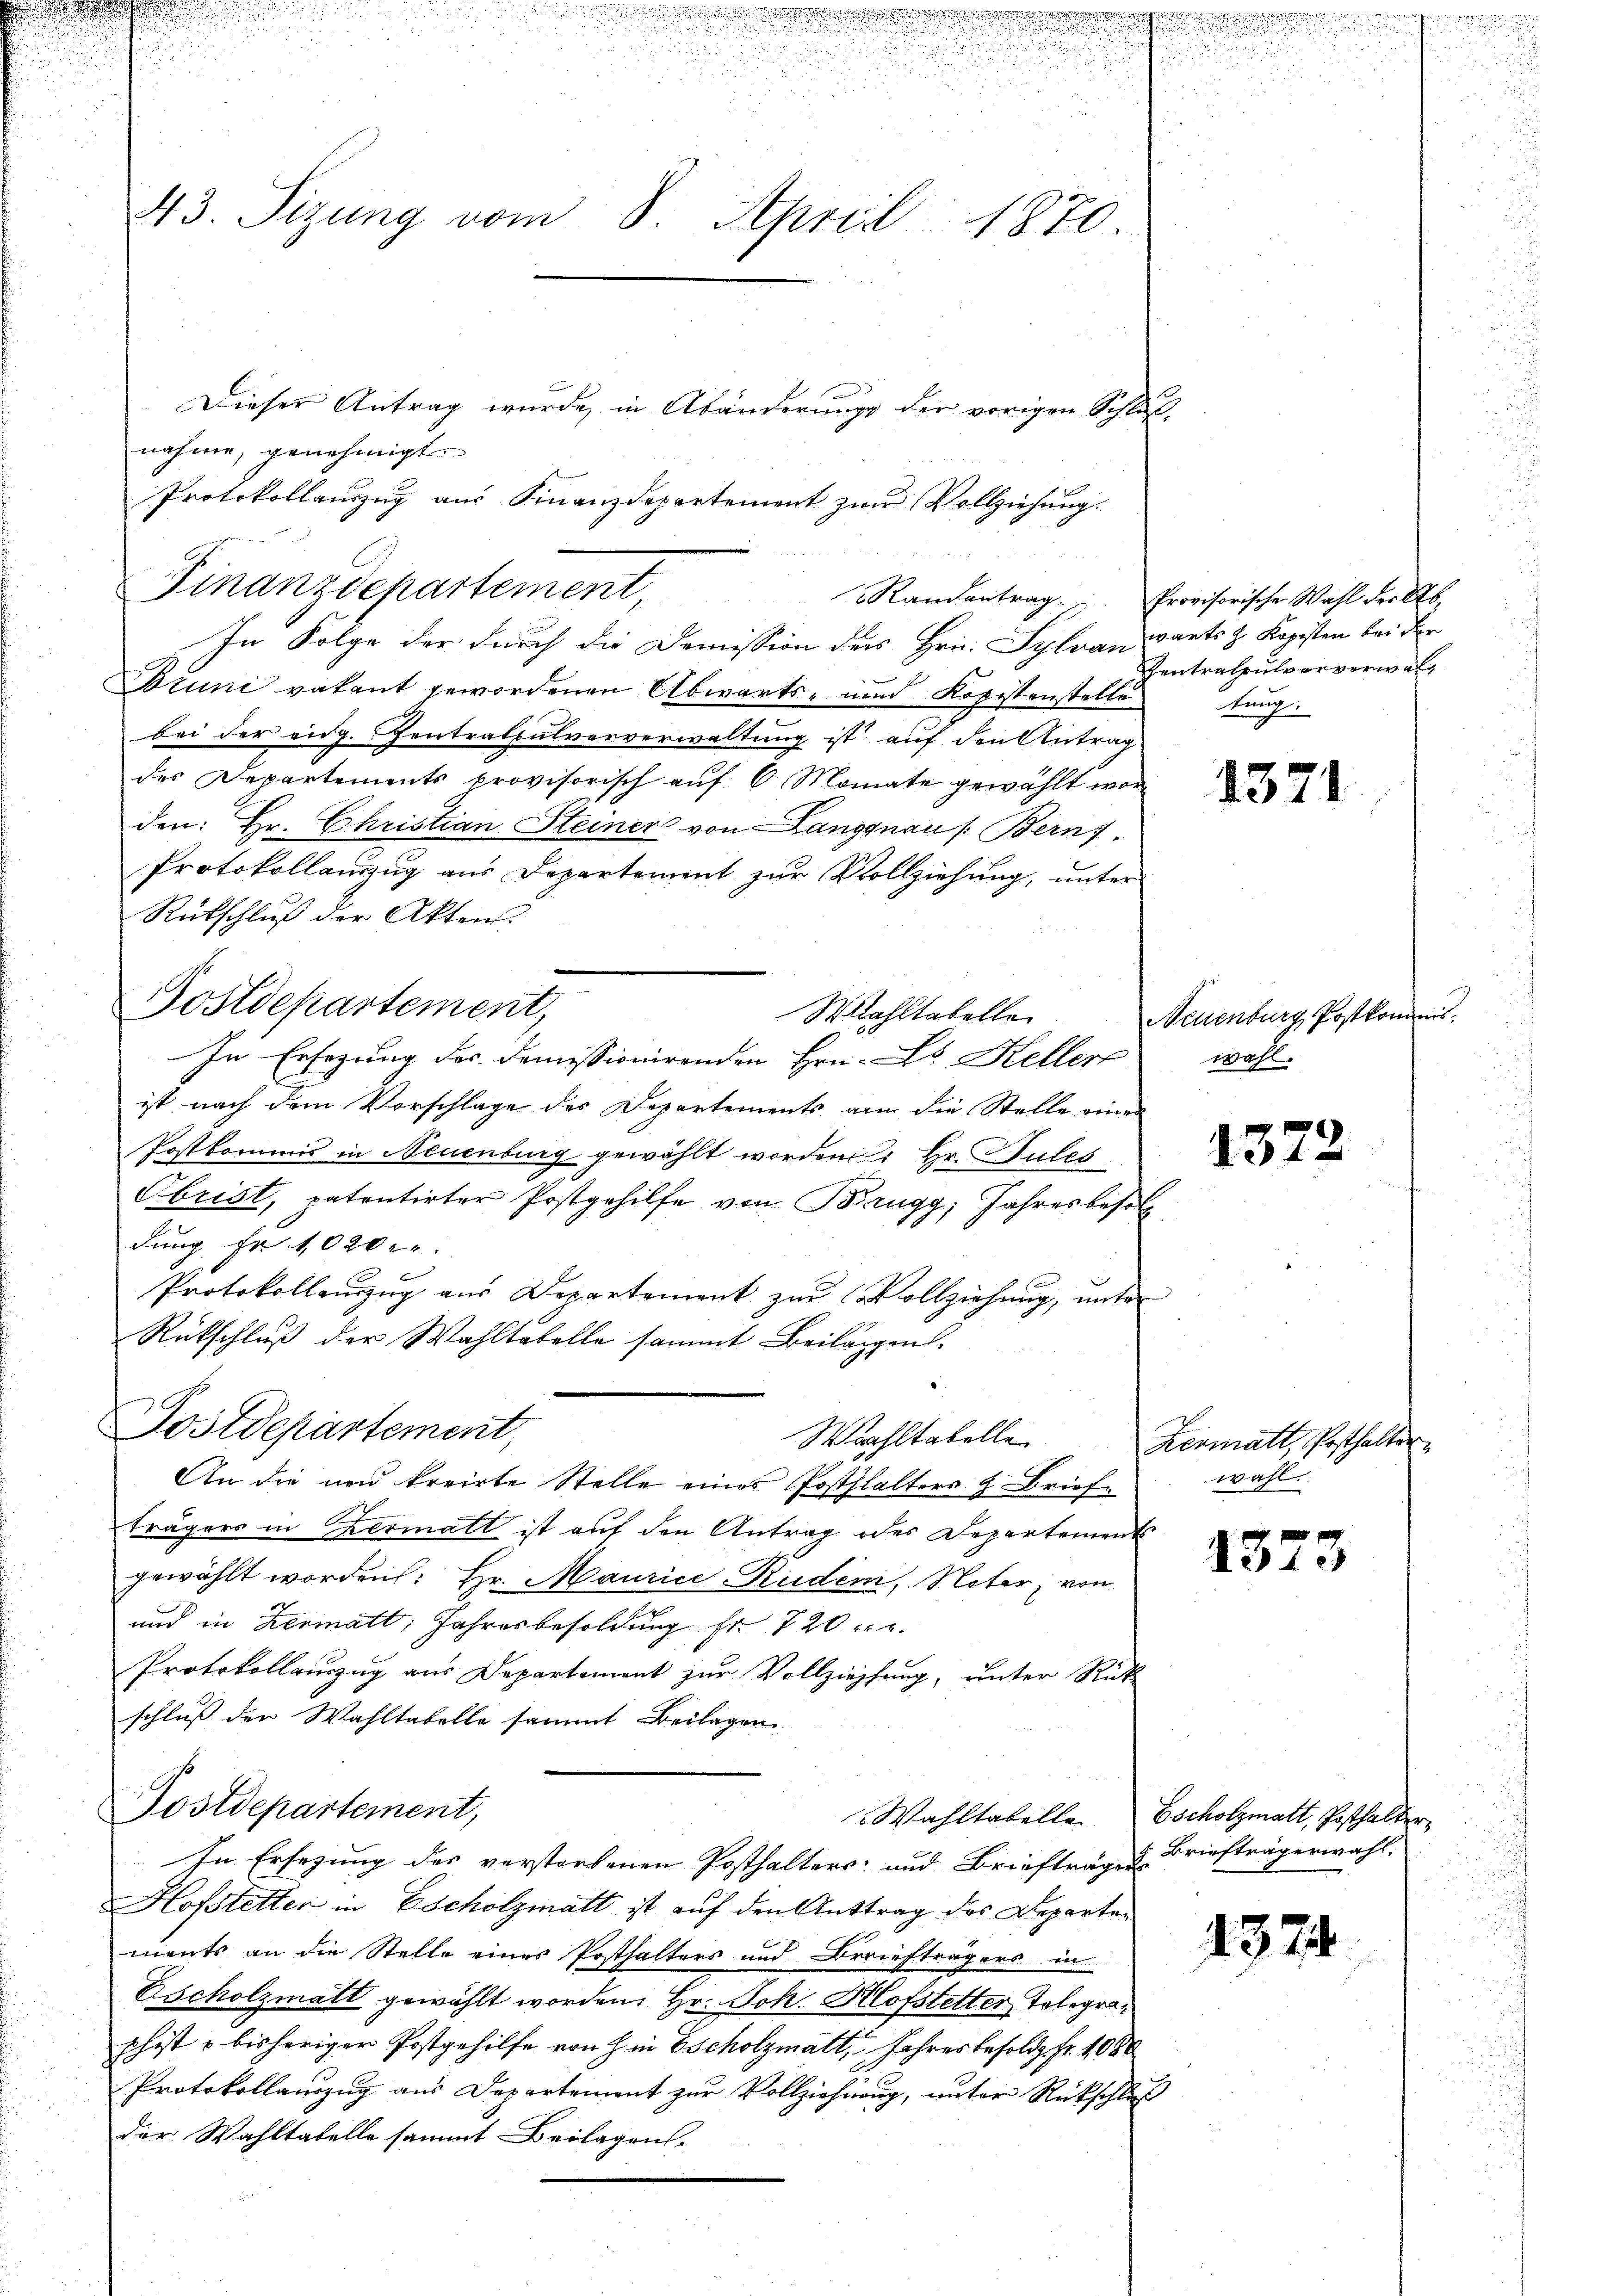
43. Sizung vom 8. April 1870.

Dieser Antrag wurde, in Abänderung der vorigen Schluß-
nahme, genehmigt.
In Folge der durch die Domission des Hrn. Sylvan
Bruni vakant gewordenen Abwarts- und Kopistenstelle
bei der eidg. Zentralsulvorverwaltung ist auf den Antrag
des Departements provisorisch auf 6 Monate gewählt worden: Hr. Christian Steiner von Langnau /: Bern).
Protokollanzug aus Departement zur Vollziehung, unter
Rückschluß der Akten.
In Ersezung der Demissionirenden Hrn. Hs. Keller
.
ist nach dem Vorschlage des Departements am die Stelle eine
Postkommis in Neuenburg gewählt worden Hr. Pules
Obrist, patentirter Postgehilfe von Brugg, Jahresbeso
dung Fr. 1020.
Protokollenzug aus Departement zur Vollziehung, unter
Rückschluß der Wahltatelle sammt Beilagen.
Postdepartement,
Wahltabelle
An die neu kreirte Stelle eines Poststalters z. Briefträgers in Hermatt ist auf den Antrag oder Departements
gewählt worden: Hr. Maurice-Ruder, Noter, von
und in Hermall, Jahresbesoldung fr. 720 n 2.
Protokollauszug aus Departement zur Vollziehung, unter Rück
schluß der Wahltabelle sammt Beilagen
Postdepartement,
In Ersezung des verstorfenen Posthalters und Briefträgers
Hofstetter in Escholzmatt ist auf den Anttrag des Departements an die Stelle eines Posthalters und Briefträgers in
Escholzmatt gewählt worden, Hr. Joh. Hofstetter Telegraphist u bisheriger Postgehilfe von hin scholzmatt, Jahresbesold. fr. 1080
Protokollauszug aus Departement zur Vollziehung, unter Rückschla
der Wahltabelle sammt Beilagen-

Finanzdepartement

Postdepartement,

Protokollauszug aus Finanzdepartement zur Vollziehung.

.

Mahltabelle

Randantrag. " Provisorische Wahl der Ab-
wärts z. Kopisten bei der
Zentralpulververwaltung.

1371

Neuenburg Postkommiswahl.

1372

Hermatt, Posthalter
wahl.

1373

Wahltabelle scholzmatt, Posthalter
Briefträgerwahl.

.

1374